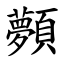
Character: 顭